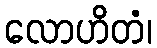
လောဟိတံ၊